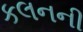
કલનની